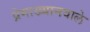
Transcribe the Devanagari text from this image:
प्रेमाख्यानवाले